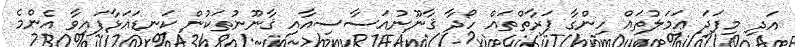
އަދި މިފަދަ ޢަމަލުތައް ހިންގާ ފަރާތްތައް ހޯދާ ޤާނޫނުއަސާސިއާއި ޤާނޫނުތަކުން ކަނޑައަޅާފައިވާ އެންމެ